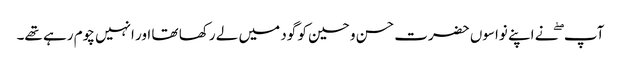
آپ ۖ نے اپنے نواسوں حضرت حسن و حسین کو گود میں لے رکھا تھا اور انہیں چوم رہے تھے۔